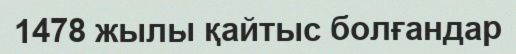
1478 жылы қайтыс болғандар